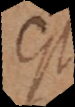
est